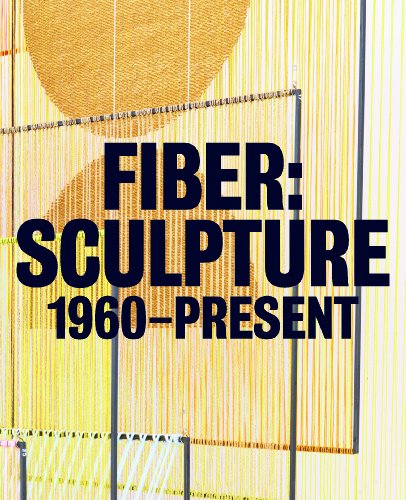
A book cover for Fiber: Sculpture 1960-Present; Jenelle Porter; Arts & Photography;